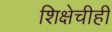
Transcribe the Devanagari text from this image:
शिक्षेचीही